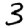
Digit: 3